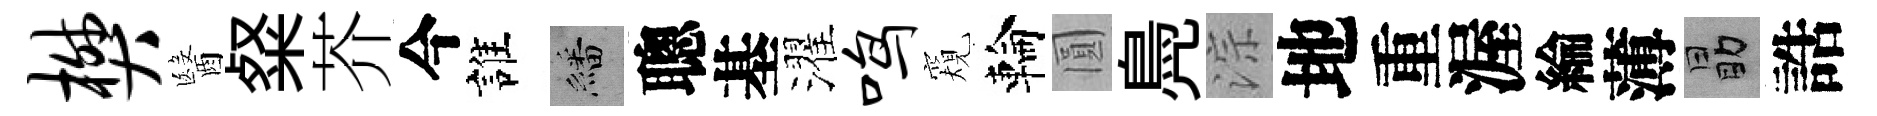
樊醫粲芥今誰繙聰基濯鸣窺輪圓鳧淙地重渥綸薄勗誥